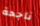
ناجحة